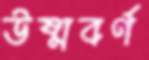
উষ্মবর্ণ